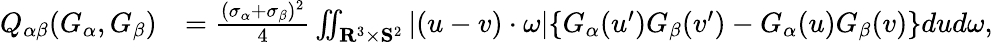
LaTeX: \begin{array}{rl}{Q_{\alpha\beta}(G_{\alpha},G_{\beta})}&{=\frac{(\sigma_{\alpha}+\sigma_{\beta})^{2}}{4}\iint_{\mathbf R^{3}\times\mathbf S^{2}}|(u-v)\cdot\omega|\{ G_{\alpha}(u^{\prime})G_{\beta}(v^{\prime})-G_{\alpha}(u)G_{\beta}(v)\} dud\omega,}\end{array}